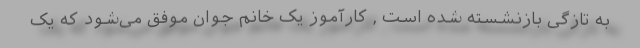
به تازگی بازنشسته شده است , کارآموز یک خانم جوان موفق می‌شود که یک